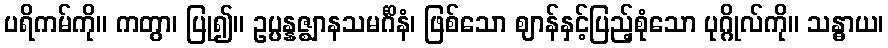
ပရိကမ်ကို။ ကတွာ၊ ပြု၍။ ဥပ္ပန္နဇ္ဈာနသမင်္ဂိနံ၊ ဖြစ်သော ဈာန်နှင့်ပြည့်စုံသော ပုဂ္ဂိုလ်ကို။ သန္ဓာယ၊